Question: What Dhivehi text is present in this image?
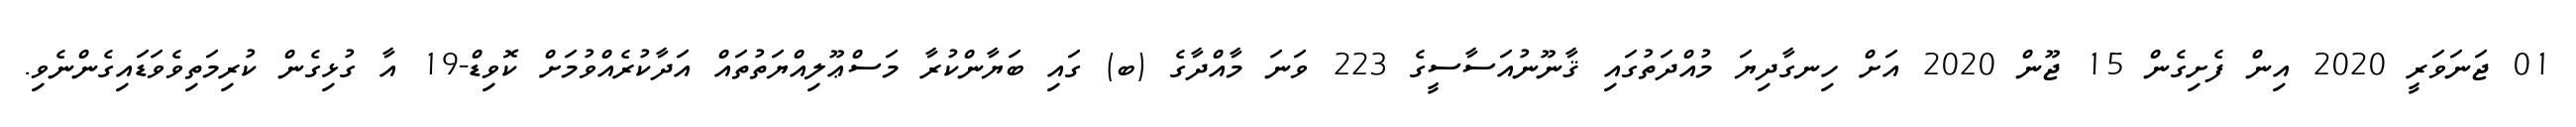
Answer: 01 ޖަނަވަރީ 2020 އިން ފެށިގެން 15 ޖޫން 2020 އަށް ހިނގާދިޔަ މުއްދަތުގައި ޤާނޫނުއަސާސީގެ 223 ވަނަ މާއްދާގެ (ބ) ގައި ބަޔާންކުރާ މަސްޢޫލިއްޔަތުތައް އަދާކުރެއްވުމަށް ކޮވިޑް-19 އާ ގުޅިގެން ކުރިމަތިވެވަޑައިގެންނެވި.